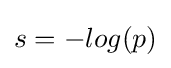
s=-log(p)